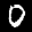
Label: 0